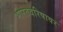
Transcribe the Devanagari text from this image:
भारतवरिषावर